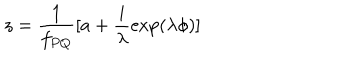
z = \frac { 1 } { f _ { P Q } } [ a + \frac { i } { \lambda } \exp ( \lambda \phi ) ]